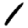
Digit: 1